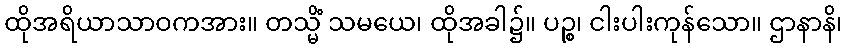
ထိုအရိယာသာဝကအား။ တသ္မိံ သမယေ၊ ထိုအခါ၌။ ပဉ္စ၊ ငါးပါးကုန်သော။ ဌာနာနိ၊